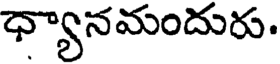
ధ్యానమందురు.